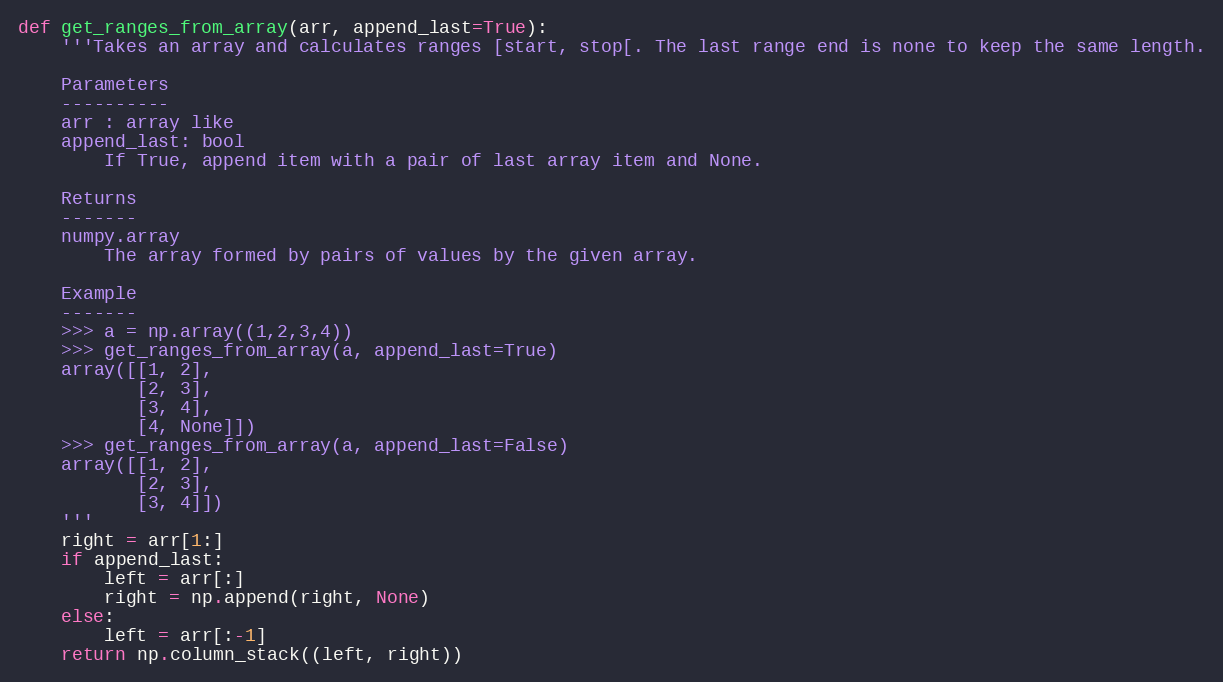
Language: Python
def get_ranges_from_array(arr, append_last=True):
    '''Takes an array and calculates ranges [start, stop[. The last range end is none to keep the same length.

    Parameters
    ----------
    arr : array like
    append_last: bool
        If True, append item with a pair of last array item and None.

    Returns
    -------
    numpy.array
        The array formed by pairs of values by the given array.

    Example
    -------
    >>> a = np.array((1,2,3,4))
    >>> get_ranges_from_array(a, append_last=True)
    array([[1, 2],
           [2, 3],
           [3, 4],
           [4, None]])
    >>> get_ranges_from_array(a, append_last=False)
    array([[1, 2],
           [2, 3],
           [3, 4]])
    '''
    right = arr[1:]
    if append_last:
        left = arr[:]
        right = np.append(right, None)
    else:
        left = arr[:-1]
    return np.column_stack((left, right))